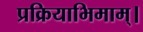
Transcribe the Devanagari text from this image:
प्रक्रियाभिमाम्।